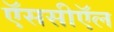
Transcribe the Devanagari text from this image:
ऍससीऍल